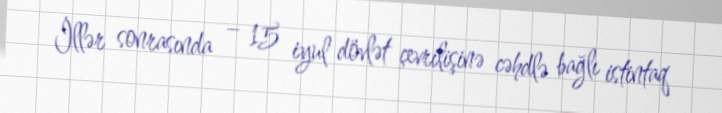
İllər sonrasında – 15 iyul dövlət çevrilişinə cəhdlə bağlı istintaq